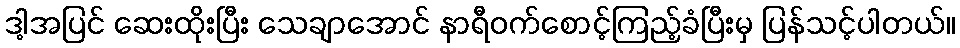
ဒါ့အပြင် ဆေးထိုးပြီး သေချာအောင် နာရီဝက်စောင့်ကြည့်ခံပြီးမှ ပြန်သင့်ပါတယ်။